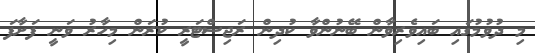
މި ދުވުމުގައި ބައިވެރިވާން ބޭނުންވާ ކުދިން ރަޖިސްޓަރީ ކުރަން މިހާރު ވަނީ ފަށާފަ